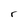
Character: r